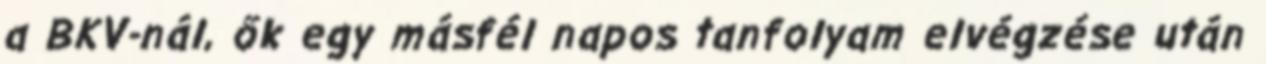
a BKV-nál, ők egy másfél napos tanfolyam elvégzése után